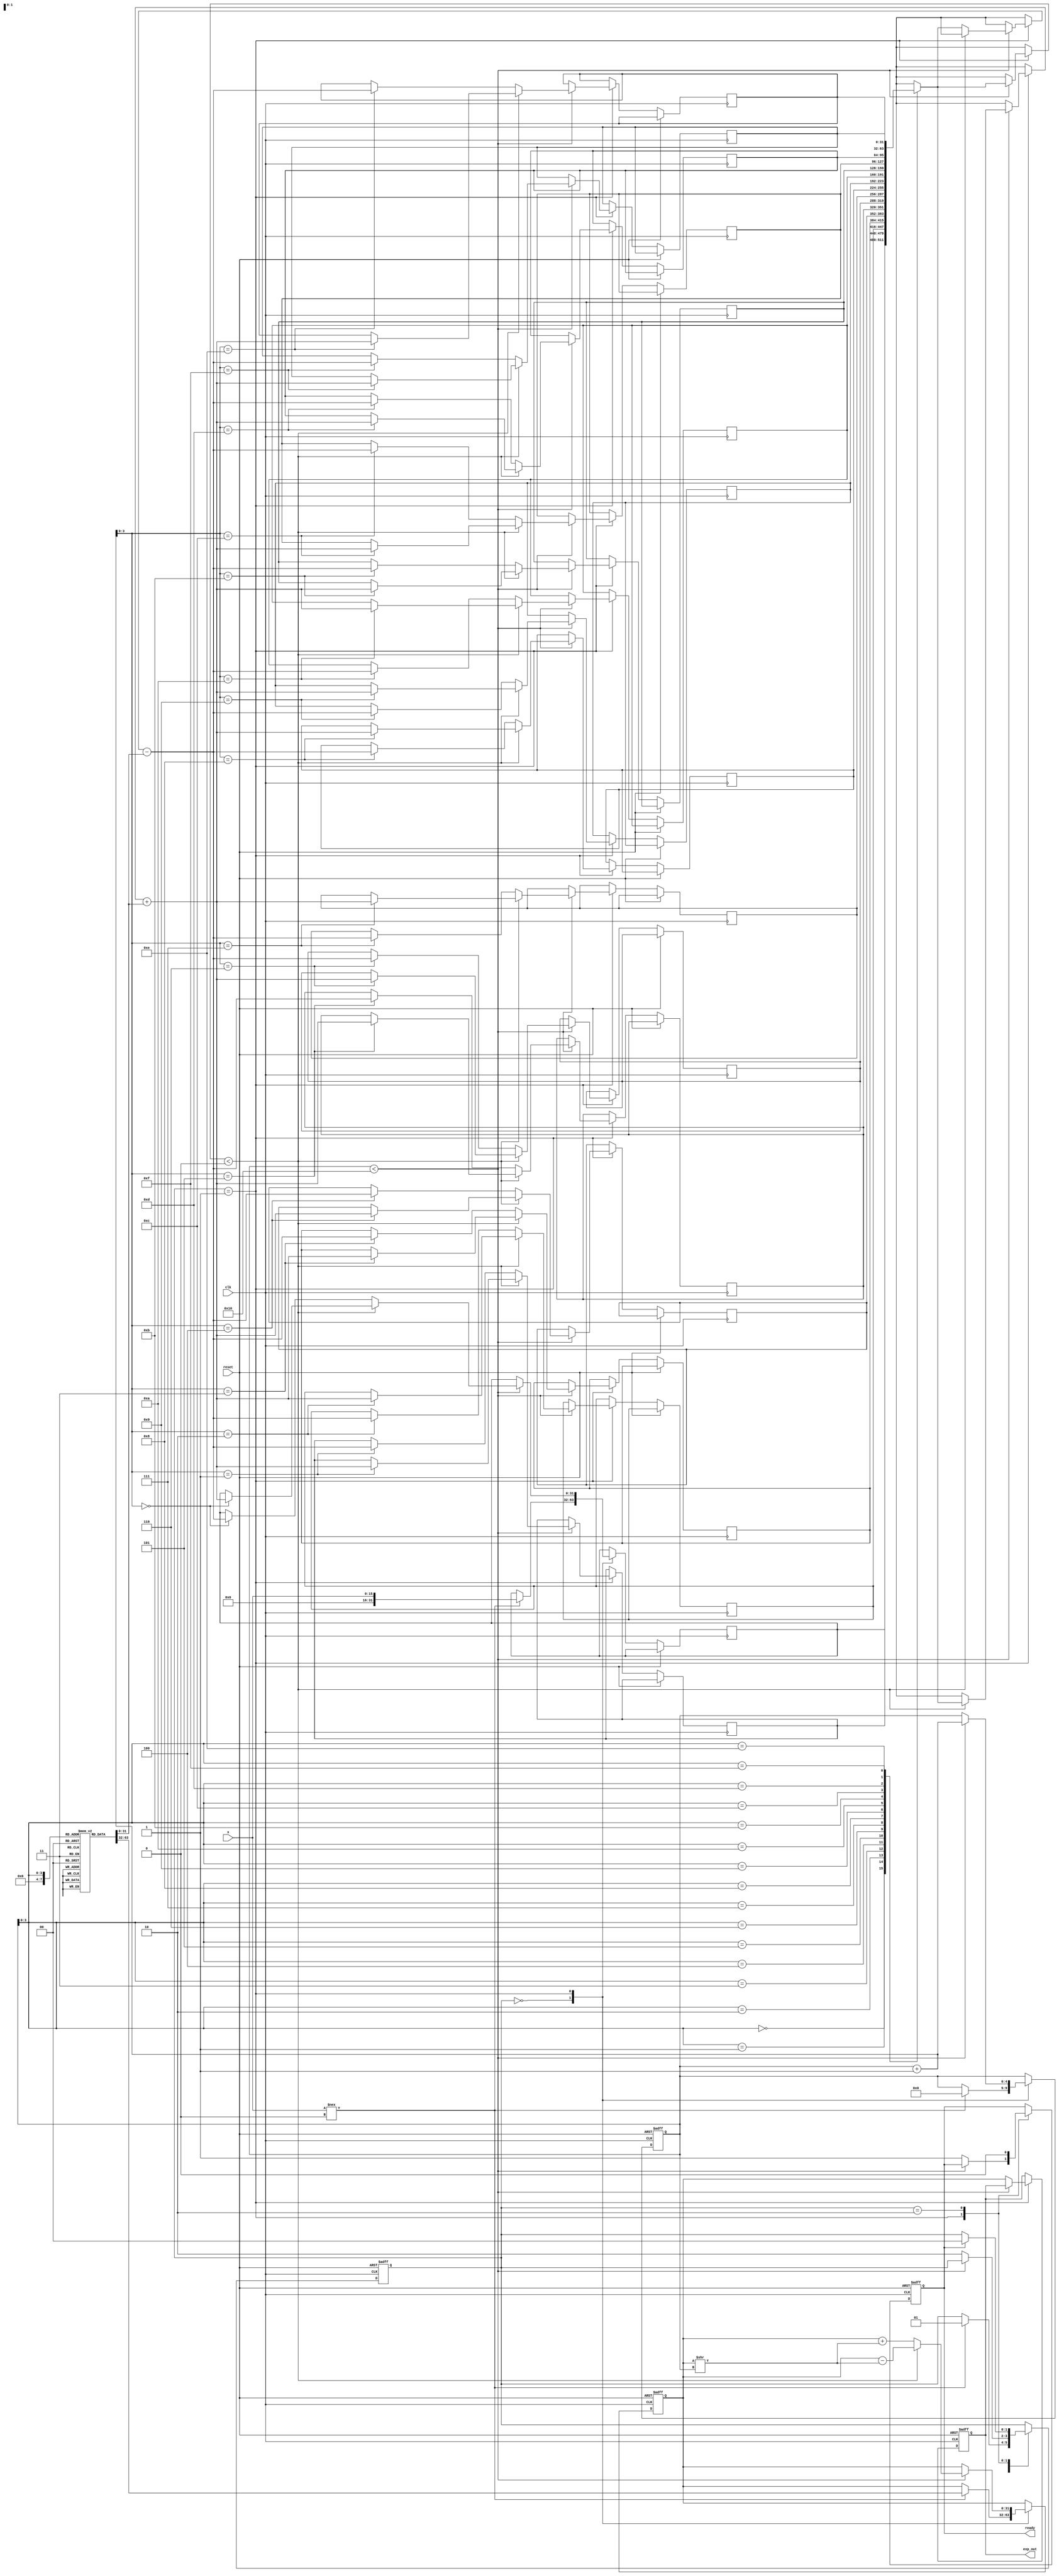
module cordic_exponential #(
    parameter N = 16,                // Number of iterations
    parameter WIDTH_X = 16,          // Width of input x
    parameter WIDTH_OUT = 32          // Width of output exp_out
) (
    input wire [WIDTH_X-1:0] x,      // Input value (fixed-point)
    input wire clk,                   // Clock signal
    input wire reset,                 // Asynchronous reset
    output reg [WIDTH_OUT-1:0] exp_out, // Output value e^x
    output reg ready                  // Output ready signal
);

    // Internal signals
    reg [WIDTH_OUT-1:0] z [0:N-1];   // Storage for z values
    reg [WIDTH_OUT-1:0] x_temp;       // Temporary x variable
    reg [WIDTH_OUT-1:0] y_temp;       // Temporary y variable
    reg [4:0] counter;                 // Iteration counter
    reg [1:0] state;                  // State variable

    parameter IDLE = 2'b00;
    parameter PROCESS = 2'b01;
    parameter DONE = 2'b10;

    // Lookup table for scaling
    reg [WIDTH_OUT-1:0] K [0:N-1];    // Scale factors
    initial begin
        // Initialize scaling factors (these are pre-computed values for CORDIC)
        K[0] = 32'h00000001; // 1.0
        K[1] = 32'h00000001; // Scaling factor for first iteration
        // ... Fill out K array with appropriate values ...
        K[N-1] = 32'h00000001; // Final scaling factor
    end

    // Control logic
    always @(posedge clk or posedge reset) begin
        if (reset) begin
            exp_out <= 0;
            ready <= 0;
            state <= IDLE;
            counter <= 0;
            x_temp <= 0;
            y_temp <= 0;
        end else begin
            case (state)
                IDLE: begin
                    if (x !== 0) begin
                        // Initialize variables for CORDIC
                        x_temp <= 32'h00000000; // Start with y = 1 (fixed-point representation)
                        y_temp <= K[0];         // K[0] is our starting value
                        z[0] <= x;              // Load input x
                        counter <= 0;
                        state <= PROCESS;
                    end
                end

                PROCESS: begin
                    if (counter < N) begin
                        // Perform CORDIC rotation
                        if (z[counter] < 0) begin
                            y_temp <= y_temp - (y_temp >> counter); // Hypothetical computation
                            z[counter + 1] <= z[counter] + K[counter];
                        end else begin
                            y_temp <= y_temp + (y_temp >> counter);
                            z[counter + 1] <= z[counter] - K[counter];
                        end
                        counter <= counter + 1;
                    end else begin
                        // Finish processing
                        exp_out <= y_temp;       // Final result
                        ready <= 1;              // Set ready signal
                        state <= DONE;
                    end
                end
                
                DONE: begin
                    if (ready) begin
                        // Wait for the next input
                        ready <= 0;
                        state <= IDLE;         // Go back to IDLE state
                    end
                end
                
            endcase
        end
    end
endmodule